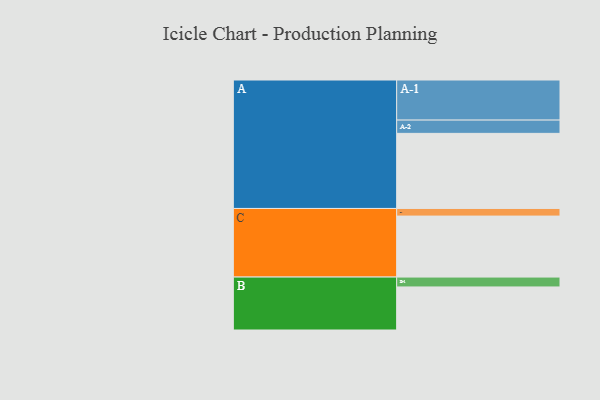
{"axis": {"x": "Segment", "y": "Value"}, "legend": ["", "A", "B", "C"], "data": [{"x": "A", "y": 532, "type": ""}, {"x": "B", "y": 305, "type": ""}, {"x": "C", "y": 432, "type": ""}, {"x": "A-1", "y": 284, "type": "A"}, {"x": "A-2", "y": 94, "type": "A"}, {"x": "B-1", "y": 70, "type": "B"}, {"x": "C-1", "y": 54, "type": "C"}]}